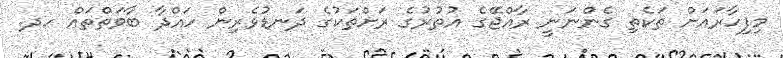
މިފިހާރައަށް ތަކެތި ގެންނަނީ ރާއްޖޭގެ އުތުރުގެ ރަށްތަކުގެ ދަނޑުވެރިން ހައްދާ ބާވަތްތައް ހދ.